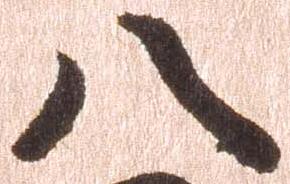
八